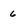
Character: 6